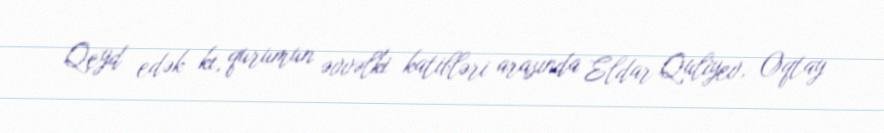
Qeyd edək ki, qurumun əvvəlki katibləri arasında Eldar Quliyev, Oqtay